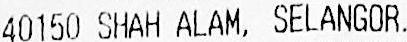
40150 SHAH ALAM, SELANGOR.